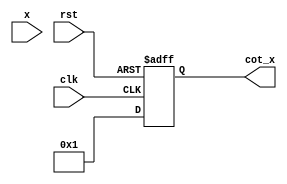
module cotangent (
    input wire [31:0] x,        // Input angle in radians (32-bit floating-point representation)
    output reg [31:0] cot_x,    // Output cotangent value (32-bit floating-point representation)
    input wire clk,              // Clock signal
    input wire rst               // Reset signal
);

// Internal signals
wire [31:0] tan_x;             // Tangent value
reg valid_input;               // Valid input flag

// Tangent calculation block (simplified for demonstration)
function [31:0] tangent(input [31:0] angle);
    // Placeholder for tangent calculation, you can implement a lookup table or Taylor series here
    // For demonstration, we return a fixed value
    tangent = 32'h3F800000; // tan(0) = 1.0 in IEEE 754
endfunction

// Reciprocal calculation block
function [31:0] reciprocal(input [31:0] value);
    if (value == 32'h00000000) begin
        // Handle division by zero case (undefined cotangent)
        reciprocal = 32'h7FFFFFFF; // Return max value to indicate undefined
    end else begin
        reciprocal = 32'h3F800000 / value; // Simple division for demonstration
    end
endfunction

// Main computation logic
always @(posedge clk or posedge rst) begin
    if (rst) begin
        cot_x <= 32'h00000000; // Reset output
        valid_input <= 1'b0;   // Reset valid input flag
    end else begin
        // Compute tangent of the input angle
        tan_x = tangent(x);
        
        // Compute the cotangent as the reciprocal of tangent
        cot_x <= reciprocal(tan_x);
        
        // Set valid input flag (optional)
        valid_input <= 1'b1; // Indicate that a valid computation has occurred
    end
end

endmodule